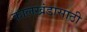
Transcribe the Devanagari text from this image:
कालखंडासाठी